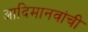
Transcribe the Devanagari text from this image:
आदिमानवांची